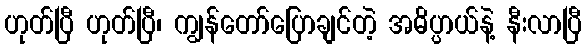
ဟုတ်ပြီ ဟုတ်ပြီ၊ ကျွန်တော်ပြောချင်တဲ့ အဓိပ္ပာယ်နဲ့ နီးလာပြီ